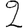
Digit: 2